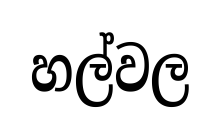
හල්වල